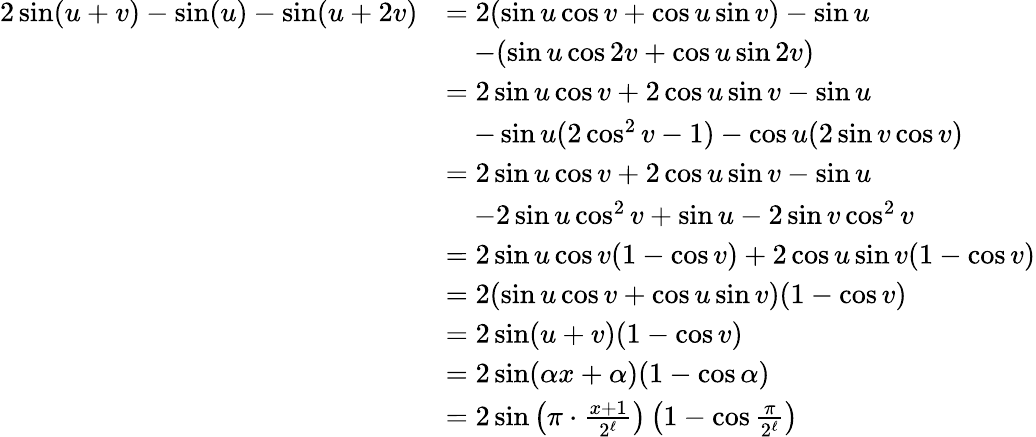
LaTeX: \begin{array}{rl}{2\sin(u+v)-\sin(u)-\sin(u+2v)}&{=2(\sin u\cos v+\cos u\sin v)-\sin u}\\ &{\quad-(\sin u\cos 2v+\cos u\sin 2v)}\\ &{=2\sin u\cos v+2\cos u\sin v-\sin u}\\ &{\quad-\sin u(2\cos^{2}v-1)-\cos u(2\sin v\cos v)}\\ &{=2\sin u\cos v+2\cos u\sin v-\sin u}\\ &{\quad-2\sin u\cos^{2}v+\sin u-2\sin v\cos^{2}v}\\ &{=2\sin u\cos v(1-\cos v)+2\cos u\sin v(1-\cos v)}\\ &{=2(\sin u\cos v+\cos u\sin v)(1-\cos v)}\\ &{=2\sin(u+v)(1-\cos v)}\\ &{=2\sin(\alpha x+\alpha)(1-\cos\alpha)}\\ &{=2\sin\left(\pi\cdot\frac{x+1}{2^{\ell}}\right)\left(1-\cos\frac{\pi}{2^{\ell}}\right)}\end{array}